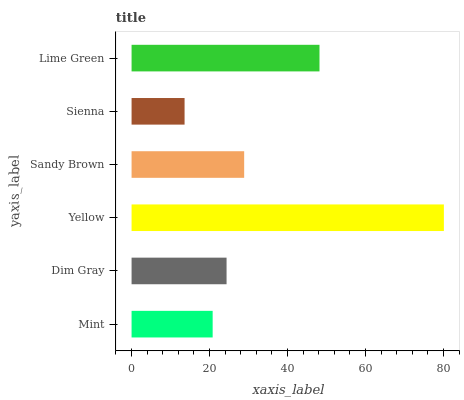
| yaxis_label | bars |
 | --- | --- |
 | Mint | 20.8 |
 | Dim Gray | 24.4 |
 | Yellow | 80.1 |
 | Sandy Brown | 28.9 |
 | Sienna | 13.6 |
 | Lime Green | 48.2 |